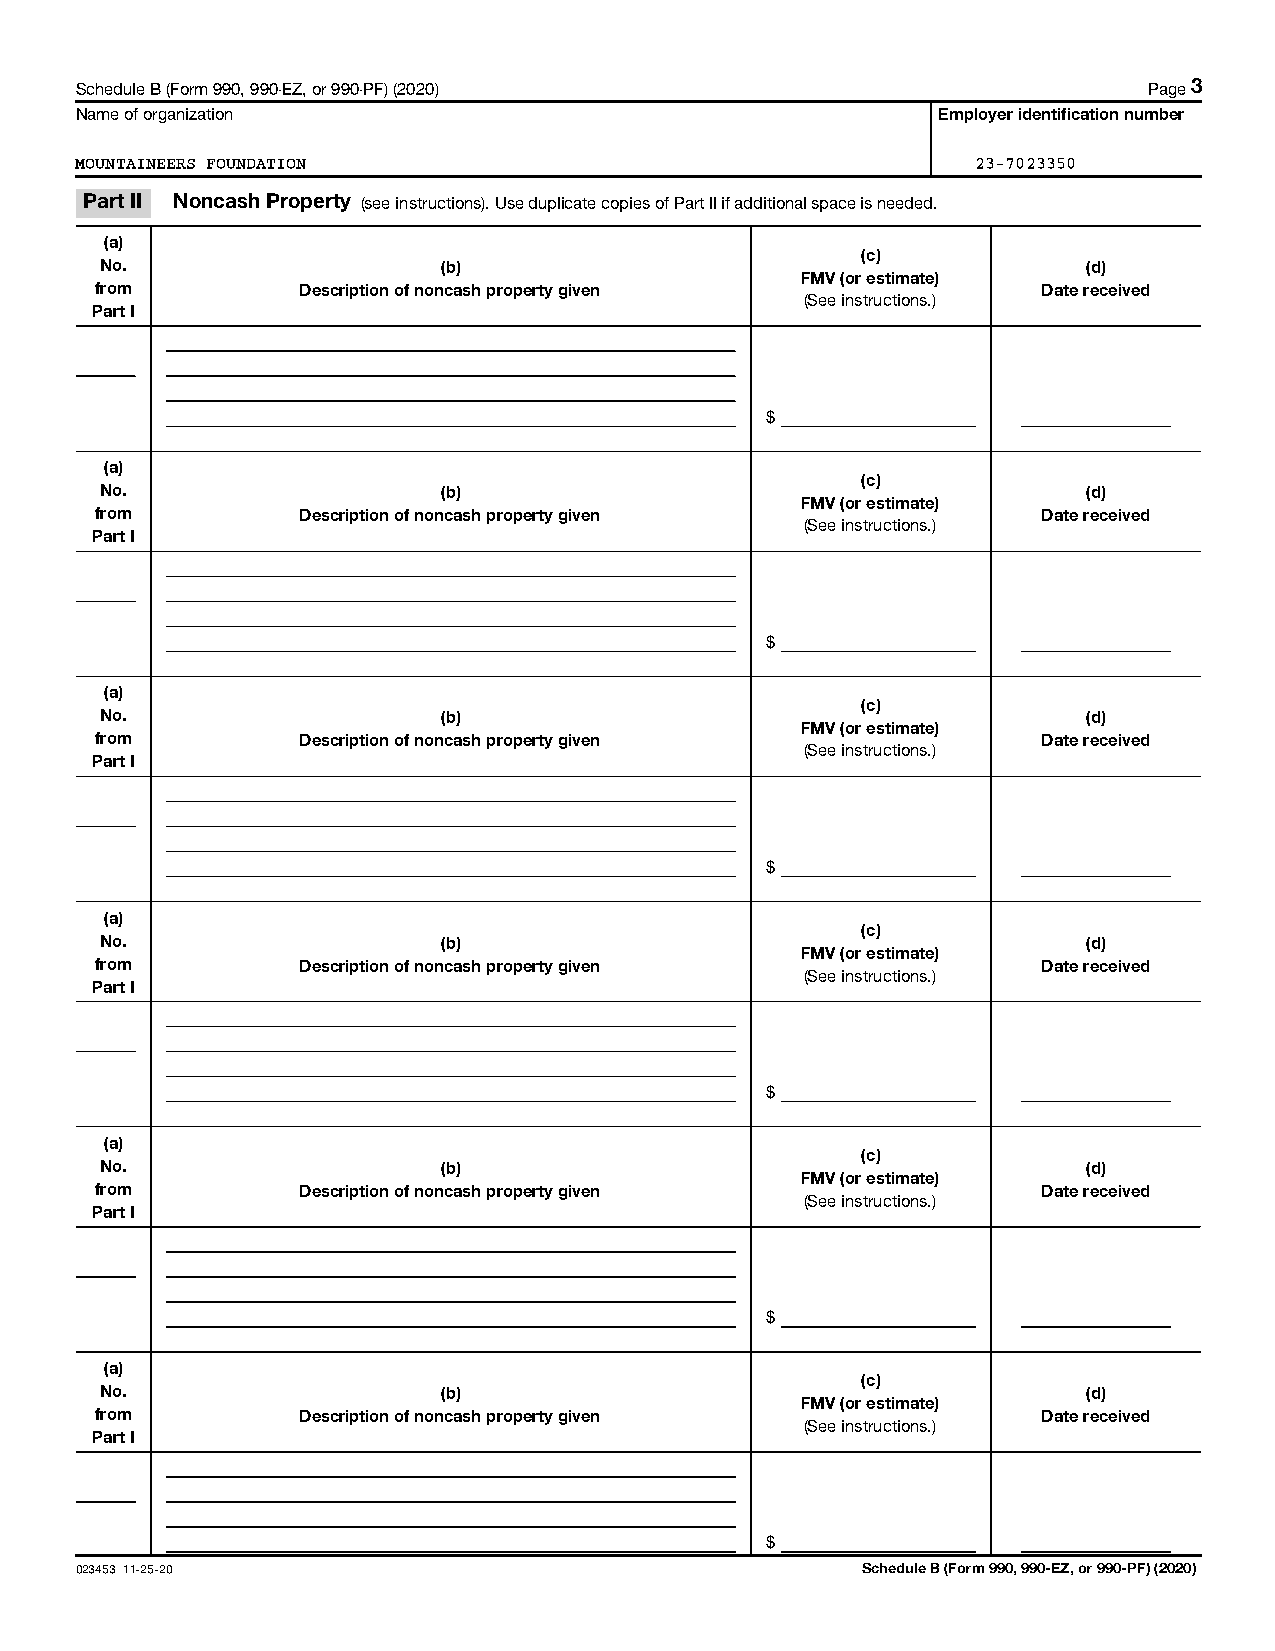
Schedule B (Form 990, 990-EZ, or 990-PF) (2020)                        Page 3
 Name of organization                                     Employer identification number
 MOUNTAINEERS FOUNDATION                                     23-7023350
 Part II Noncash Property (see instructions). Use duplicate copies of Part II if additional space is needed.
 (a)
 (c)
 No.                   (b)                                        (d)
 FMV (or estimate)
 from          Description of noncash property given            Date received
 (See instructions.)
 Part I
 $
 (a)
 (c)
 No.                   (b)                                        (d)
 FMV (or estimate)
 from          Description of noncash property given            Date received
 (See instructions.)
 Part I
 $
 (a)
 (c)
 No.                   (b)                                        (d)
 FMV (or estimate)
 from          Description of noncash property given            Date received
 (See instructions.)
 Part I
 $
 (a)
 (c)
 No.                   (b)                                        (d)
 FMV (or estimate)
 from          Description of noncash property given            Date received
 (See instructions.)
 Part I
 $
 (a)
 (c)
 No.                   (b)                                        (d)
 FMV (or estimate)
 from          Description of noncash property given            Date received
 (See instructions.)
 Part I
 $
 (a)
 (c)
 No.                   (b)                                        (d)
 FMV (or estimate)
 from          Description of noncash property given            Date received
 (See instructions.)
 Part I
 $
 023453 11-25-20                                     Schedule B (Form 990, 990-EZ, or 990-PF) (2020)